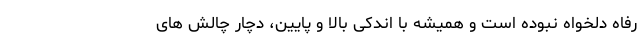
رفاه دلخواه نبوده است و همیشه با اندکی بالا و پایین، دچار چالش های